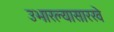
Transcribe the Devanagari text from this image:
उभारल्यासारखे